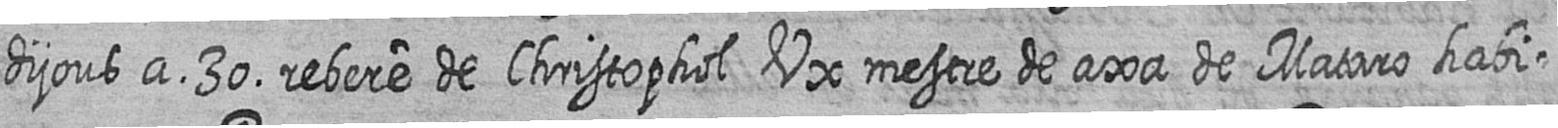
dijous a 30 rebere de Christophol Ux mestre de axa de Mataro habi=